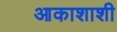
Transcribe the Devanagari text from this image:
आकाशाशी